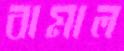
বামাল